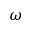
\omega